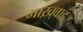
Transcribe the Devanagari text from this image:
माख़्वाह